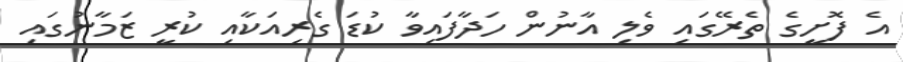
އެ ފޮށީގެ ތެރޭގައި ވެލި އާނުން ހަދާފައިވާ ކުޑަ ގެރިއަކާއި ކުރީ ޒަމާނުގައި